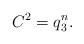
LaTeX: \begin{align*}C^2=q_3^n.\end{align*}